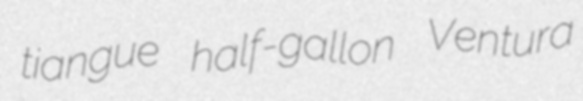
tiangue half-gallon Ventura